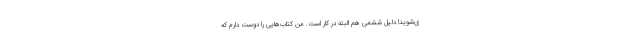
ی‌شوید! دلیل ششمی هم البته در کار است. من کتاب‌هایی را دوست دارم که